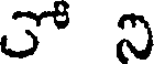
5 ని